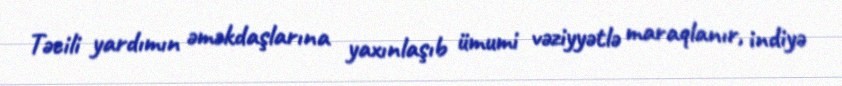
Təcili yardımın əməkdaşlarına yaxınlaşıb ümumi vəziyyətlə maraqlanır, indiyə